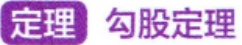
定理 勾股定理